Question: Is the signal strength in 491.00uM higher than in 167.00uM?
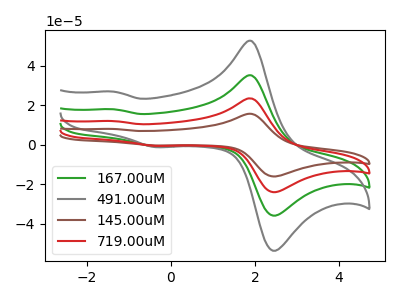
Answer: <think>The green curve "167.00uM" has anodic peaks at (1.90V, 35.10uA) (-1.35V, 17.95uA) and cathodic peaks at (2.55V, -35.35uA) (-0.35V, -0.80uA). The gray curve "491.00uM" has anodic peaks at (1.90V, 52.50uA) (-1.35V, 26.90uA) and cathodic peaks at (2.55V, -52.85uA) (-0.35V, -1.20uA). The brown curve "145.00uM" has anodic peaks at (1.90V, 105.30uA) (-1.35V, 53.90uA) and cathodic peaks at (2.55V, -106.00uA) (-0.35V, -2.35uA). The red curve "719.00uM" has anodic peaks at (1.90V, 70.20uA) (-1.35V, 35.95uA) and cathodic peaks at (2.55V, -70.70uA) (-0.35V, -1.55uA).
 All the peaks in "491.00uM" have a peak in "167.00uM" at the same potential. Every peak in "491.00uM" is higher than every peak in "167.00uM".</think>
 <answer>"491.00uM" has more signal than "167.00uM".</answer>
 <eval>more_signal</eval>